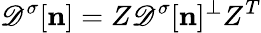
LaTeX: \mathscr{D}^{\sigma}[{\mathbf{n}}]=Z{\mathscr{D}^{\sigma}}[{\mathbf{n}}]^{\perp}Z^{T}